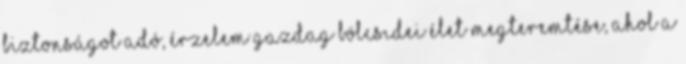
biztonságot adó, érzelem gazdag bölcsıdei élet megteremtése, ahol a